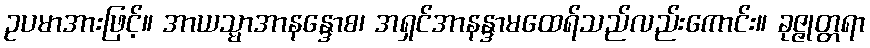
ဥပမာအားဖြင့်။ အာယသ္မာအာနန္ဒောစ၊ အရှင်အာနန္ဒာမထေရ်သည်လည်းကောင်း။ ခုဇ္ဇုတ္တရာ